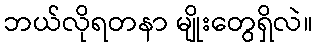
ဘယ်လိုရတနာ မျိုးတွေရှိလဲ။